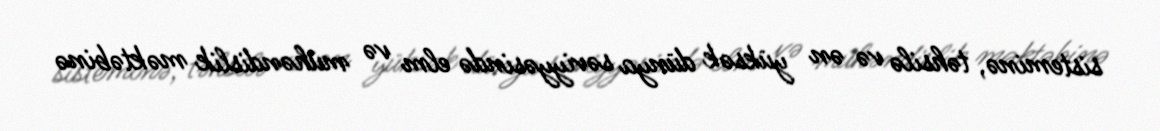
sisteminə, təhsilə və ən yüksək dünya səviyyəsində elm və mühəndislik məktəbinə